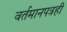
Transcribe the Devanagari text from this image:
वर्तमानपत्रही